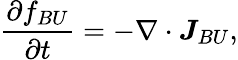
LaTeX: \frac{\partial f_{BU}}{\partial t}=-\nabla\cdot\boldsymbol{J}_{BU},